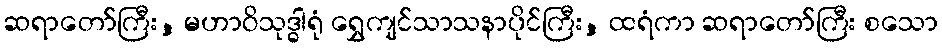
ဆရာတော်ကြီး, မဟာဝိသုဒ္ဓါရုံ ရွှေကျင်သာသနာပိုင်ကြီး, ထရံကာ ဆရာတော်ကြီး စသော